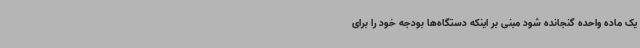
یک ماده واحده گنجانده شود مبنی بر اینکه دستگاه‌ها بودجه خود را برای